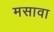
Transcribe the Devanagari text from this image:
मसावा